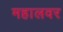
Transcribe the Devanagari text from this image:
महालवर